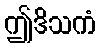
ဤဒိသကံ